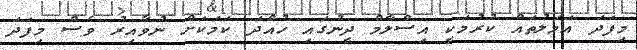
މިފަދަ އަމަލުތައް ކުރުމަކީ އިސްލާމް ދީނުގައި ހުއްދަ ކަމަކަށް ނުވާއިރު ވެސް މިފަދަ